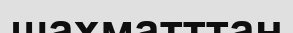
шахматттан